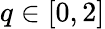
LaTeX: q\in[0,2]